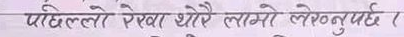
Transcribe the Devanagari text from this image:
पहिलो रेखा धेरै लामो लेख्नुपर्छ ।